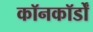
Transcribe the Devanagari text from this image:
कॉनकॉर्डों